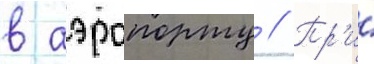
в аэропорту // Пр'и́